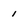
Character: 1